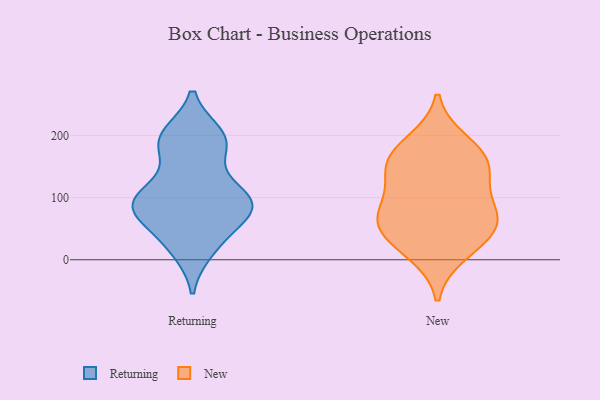
{"axis": {"x": "Inventory Turnover", "y": "Value"}, "legend": ["New", "Returning"], "data": [{"x": "", "y": 77, "type": "Returning"}, {"x": "", "y": 95, "type": "Returning"}, {"x": "", "y": 198, "type": "Returning"}, {"x": "", "y": 198, "type": "Returning"}, {"x": "", "y": 34, "type": "Returning"}, {"x": "", "y": 108, "type": "Returning"}, {"x": "", "y": 97, "type": "Returning"}, {"x": "", "y": 185, "type": "Returning"}, {"x": "", "y": 86, "type": "Returning"}, {"x": "", "y": 200, "type": "Returning"}, {"x": "", "y": 101, "type": "Returning"}, {"x": "", "y": 83, "type": "Returning"}, {"x": "", "y": 63, "type": "Returning"}, {"x": "", "y": 18, "type": "Returning"}, {"x": "", "y": 71, "type": "Returning"}, {"x": "", "y": 92, "type": "Returning"}, {"x": "", "y": 110, "type": "Returning"}, {"x": "", "y": 16, "type": "Returning"}, {"x": "", "y": 178, "type": "Returning"}, {"x": "", "y": 185, "type": "Returning"}, {"x": "", "y": 148, "type": "New"}, {"x": "", "y": 34, "type": "New"}, {"x": "", "y": 50, "type": "New"}, {"x": "", "y": 158, "type": "New"}, {"x": "", "y": 71, "type": "New"}, {"x": "", "y": 12, "type": "New"}, {"x": "", "y": 122, "type": "New"}, {"x": "", "y": 74, "type": "New"}, {"x": "", "y": 163, "type": "New"}, {"x": "", "y": 188, "type": "New"}, {"x": "", "y": 71, "type": "New"}]}